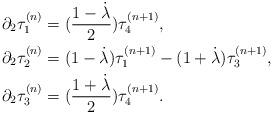
LaTeX: \begin{align*}& \partial_{2} \tau_{1}^{(n)} = (\frac{1-\dot{\lambda}}{2}) \tau_{4}^{(n+1)},\\& \partial_{2} \tau_{2}^{(n)} = (1- \dot{\lambda}) \tau_{1}^{(n+1)} - ( 1+ \dot{\lambda }) \tau_{3}^{(n+1)},\\ & \partial_{2} \tau_{3}^{(n)} = (\frac{1+ \dot{\lambda}}{2}) \tau_{4}^{(n+1)}.\end{align*}